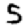
Digit: 5